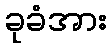
ခုခံအား